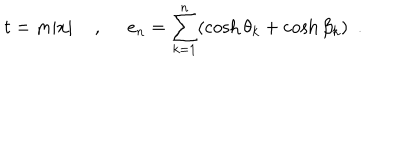
t = m | x | \, \, \, \, \, \, \, , \, \, \, \, \, \, \, \, e _ { n } = \sum _ { k = 1 } ^ { n } ( \cosh \theta _ { k } + \cosh \beta _ { k } ) \, \, \, .